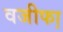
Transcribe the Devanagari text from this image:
वजीफा़